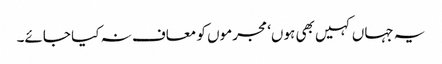
یہ جہاں کہیں بھی ہوں‘ مجرموں کو معاف نہ کیا جائے۔